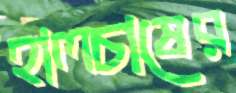
হালচাষের